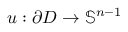
u : \partial D \to \mathbb { S } ^ { n - 1 }